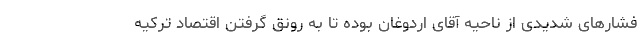
فشارهای شدیدی از ناحیه آقای اردوغان بوده تا به رونق گرفتن اقتصاد ترکیه